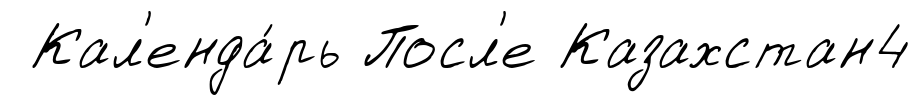
Кал'енда́рь Посл'е Казахстан4